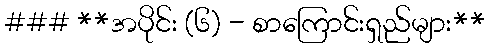
### **အပိုင်း (၆) - စာကြောင်းရှည်များ**